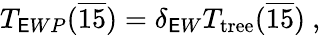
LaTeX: T_{\mathsf{E}WP}({\overline{{{{15}}}}})=\delta_{\mathsf{E}W}T_{\mathrm{{tree}}}({\overline{{{{15}}}}})~,